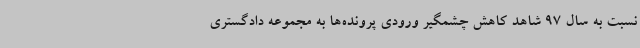
نسبت به سال 97 شاهد کاهش چشمگیر ورودی پرونده‌ها به مجموعه دادگستری